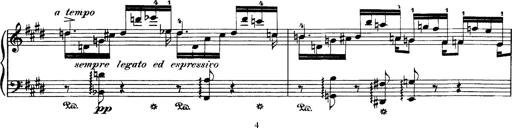
Title: Hungarian Rhapsody No.1
Composer: Franz Liszt
Key: C-sharp minor